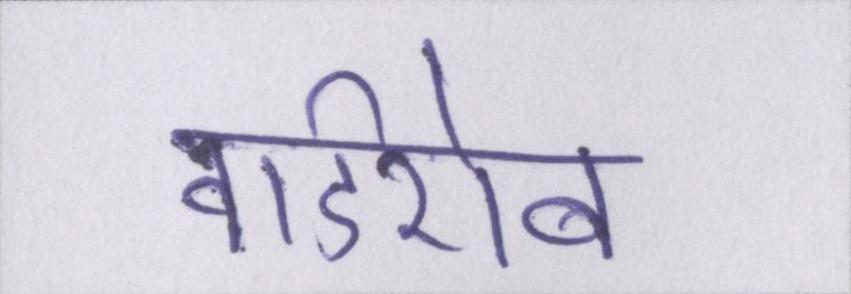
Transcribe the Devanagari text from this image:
वार्डरोब